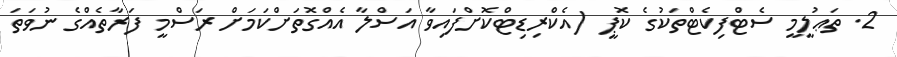
2. ތަޢުލީމީ ސެޓްފިކެޓްތަކުގެ ކޮޕީ (އެކްރިޑިޓްކޮށްފައިވާ އަސްލާ އެއްގޮތަށްކަމަށް ރަސްމީ ފަރާތެއްގެ ނުވަތަ